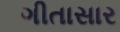
ગીતાસાર